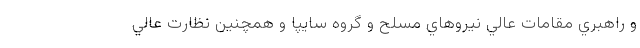
و راهبري مقامات عالي نيروهاي مسلح و گروه سايپا و همچنين نظارت عالي